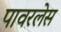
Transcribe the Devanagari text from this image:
पावरलेस